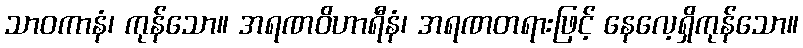
သာဝကာနံ၊ ကုန်သော။ အရဏဝိဟာရီနံ၊ အရဏတရားဖြင့် နေလေ့ရှိကုန်သော။